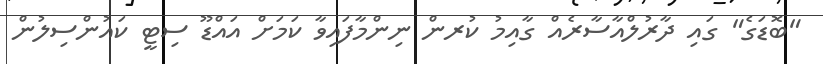
"ބޮޑަގެ" ގައި ދާރުލްއާސާރެއް ގާއިމު ކުރން ނިންމާފައިވާ ކަމަށް އައްޑޫ ސިޓީ ކައުންސިލުން